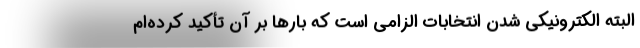
البته الکترونیکی شدن انتخابات الزامی است که بارها بر آن تأکید کرده‌ام